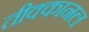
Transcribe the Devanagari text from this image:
तीक्कानल